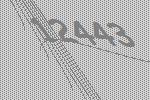
12443